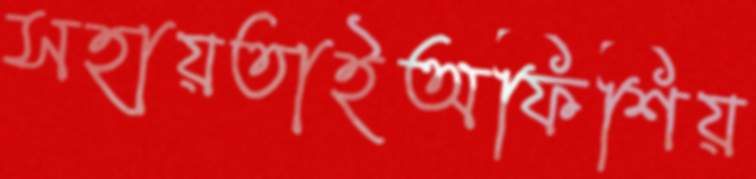
সহায়তাইঅফিশিয়